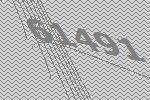
61491